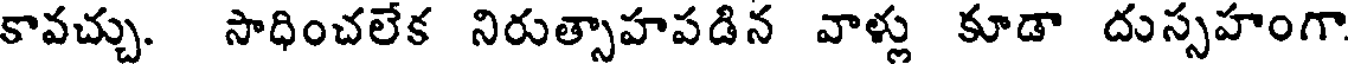
కావచ్చు. సాధించలేక నిరుత్సాహపడిన వాళ్లు కూడా దుస్సహంగా